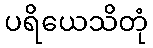
ပရိယေသိတုံ